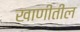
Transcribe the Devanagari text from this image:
खाणींतील